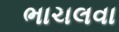
ભાચલવા